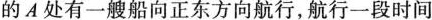
的A处有一艘船向正东方向航行，航行一段时间